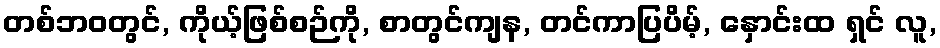
တစ်ဘဝတွင်, ကိုယ့်ဖြစ်စဉ်ကို, စာတွင်ကျန, တင်ကာပြပိမ့်, နှောင်းထ ရှင် လူ,